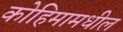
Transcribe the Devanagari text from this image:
कोहिमामधील